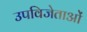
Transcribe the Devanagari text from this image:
उपविजेताओं